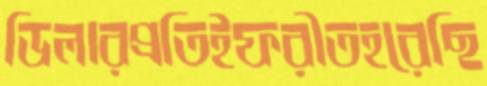
ডিলারপ্রতিইফরীতহরেছি